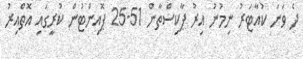
ދެ ވަނަ ކުއާޓަރު ނިމުނު އިރު ޕާކިސްތާން 51-25 ޕޮއިންޓުން ކުރީގައި އޮތްއިރު